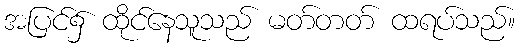
အပြင်၌ ထိုင်နေသူသည် မတ်တတ် ထရပ်သည်။